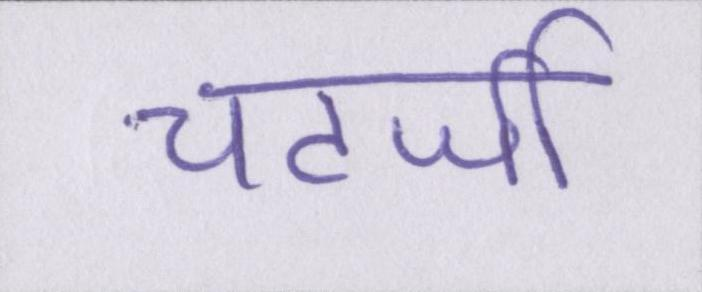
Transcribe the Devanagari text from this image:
चटर्जी